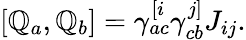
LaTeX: \left[\mathbb{Q}_{a},\mathbb{Q}_{b}\right]=\gamma_{ac}^{[i}\gamma_{cb}^{j]}J_{ij}.